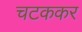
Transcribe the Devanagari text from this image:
चटककर